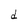
Character: d